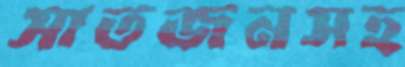
সাতজনসহ